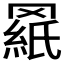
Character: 𰭓